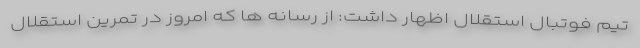
تیم فوتبال استقلال اظهار داشت: از رسانه ها که امروز در تمرین استقلال